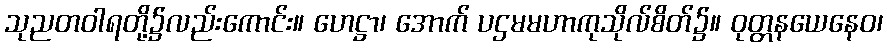
သုညတဝါရတို့၌လည်းကောင်း။ ဟေဋ္ဌာ၊ အောက် ပဌမမဟာကုသိုလ်စိတ်၌။ ဝုတ္တနယေနေဝ၊